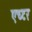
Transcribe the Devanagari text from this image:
एच्टर